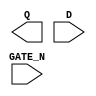
module sky130_fd_sc_hdll__dlxtn (
    Q     ,
    D     ,
    GATE_N
);

    output Q     ;
    input  D     ;
    input  GATE_N;

    // Voltage supply signals
    supply1 VPWR;
    supply0 VGND;
    supply1 VPB ;
    supply0 VNB ;

endmodule